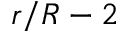
r / R - 2